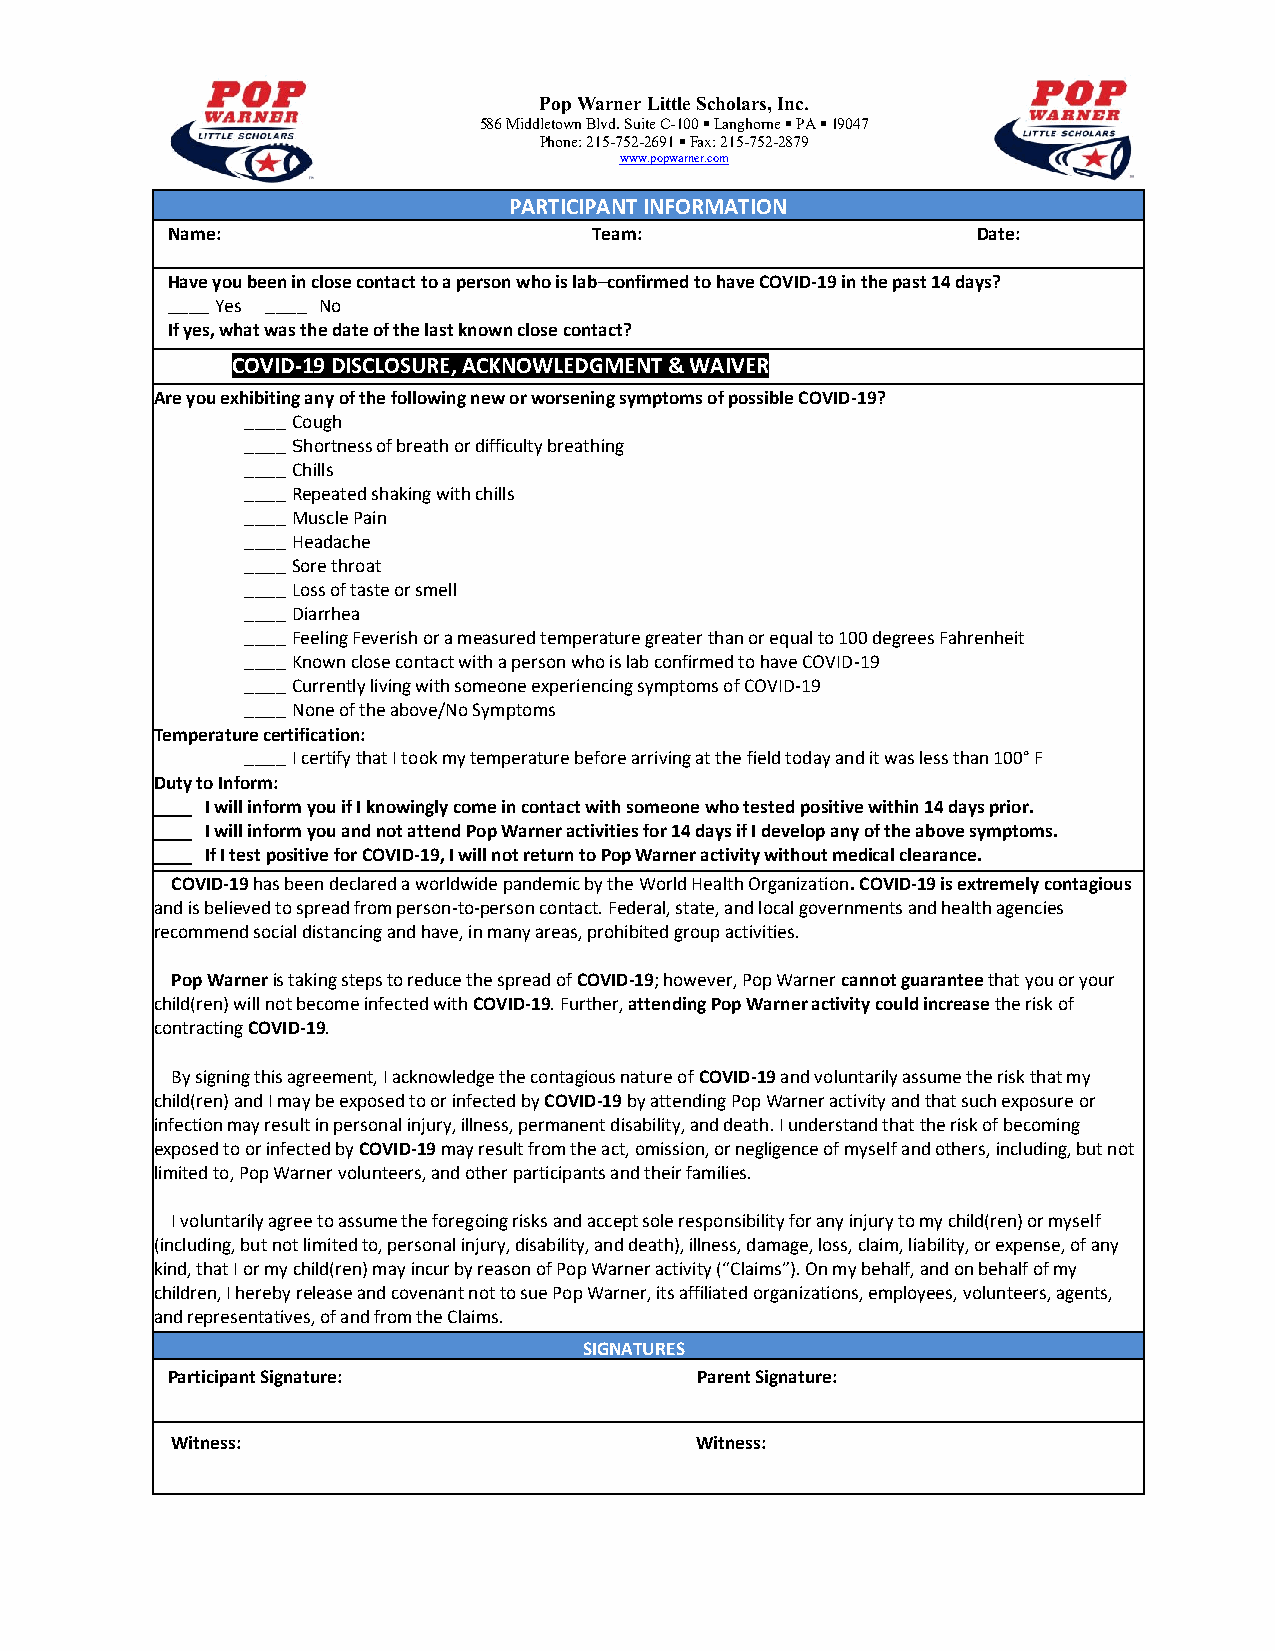
Pop Warner Little Scholars, Inc.
 586 Middletown Blvd. Suite C-100 ▪ Langhorne ▪ PA ▪ 19047
 Phone: 215-752-2691 ▪ Fax: 215-752-2879
 www.popwarner.com
 PARTICIPANT INFORMATION
 Name:                       Team:                     Date:
 Have you been in close contact to a person who is lab–confirmed to have COVID-19 in the past 14 days?
 ____ Yes ____ No
 If yes, what was the date of the last known close contact?
 COVID-19 DISCLOSURE, ACKNOWLEDGMENT & WAIVER
 Are you exhibiting any of the following new or worsening symptoms of possible COVID-19?
 ____ Cough
 ____ Shortness of breath or difficulty breathing
 ____ Chills
 ____ Repeated shaking with chills
 ____ Muscle Pain
 ____ Headache
 ____ Sore throat
 ____ Loss of taste or smell
 ____ Diarrhea
 ____ Feeling Feverish or a measured temperature greater than or equal to 100 degrees Fahrenheit
 ____ Known close contact with a person who is lab confirmed to have COVID-19
 ____ Currently living with someone experiencing symptoms of COVID-19
 ____ None of the above/No Symptoms
 Temperature certification:
 ____ I certify that I took my temperature before arriving at the field today and it was less than 100° F
 Duty to Inform:
 ____ I will inform you if I knowingly come in contact with someone who tested positive within 14 days prior.
 ____ I will inform you and not attend Pop Warner activities for 14 days if I develop any of the above symptoms.
 ____ If I test positive for COVID-19, I will not return to Pop Warner activity without medical clearance.
 COVID-19 has been declared a worldwide pandemic by the World Health Organization. COVID-19 is extremely contagious
 and is believed to spread from person-to-person contact. Federal, state, and local governments and health agencies
 recommend social distancing and have, in many areas, prohibited group activities.
 Pop Warner is taking steps to reduce the spread of COVID-19; however, Pop Warner cannot guarantee that you or your
 child(ren) will not become infected with COVID-19. Further, attending Pop Warner activity could increase the risk of
 contracting COVID-19.
 By signing this agreement, I acknowledge the contagious nature of COVID-19 and voluntarily assume the risk that my
 child(ren) and I may be exposed to or infected by COVID-19 by attending Pop Warner activity and that such exposure or
 infection may result in personal injury, illness, permanent disability, and death. I understand that the risk of becoming
 exposed to or infected by COVID-19 may result from the act, omission, or negligence of myself and others, including, but not
 limited to, Pop Warner volunteers, and other participants and their families.
 I voluntarily agree to assume the foregoing risks and accept sole responsibility for any injury to my child(ren) or myself
 (including, but not limited to, personal injury, disability, and death), illness, damage, loss, claim, liability, or expense, of any
 kind, that I or my child(ren) may incur by reason of Pop Warner activity (“Claims”). On my behalf, and on behalf of my
 children, I hereby release and covenant not to sue Pop Warner, its affiliated organizations, employees, volunteers, agents,
 and representatives, of and from the Claims.
 SIGNATURES
 Participant Signature:             Parent Signature:
 Witness:                           Witness: